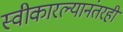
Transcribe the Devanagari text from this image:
स्वीकारल्यानंतरही